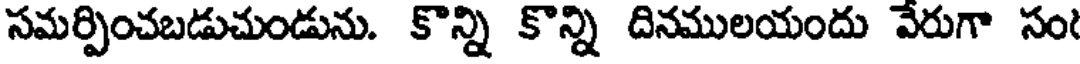
సమర్పించబడుచుండును. కొన్ని కొన్ని దినములయందు వేరుగా సం